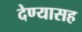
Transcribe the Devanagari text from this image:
देण्‍यासह